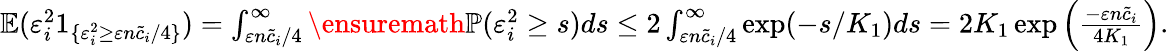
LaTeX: \begin{array}{r}{\mathbb{E}(\varepsilon_{i}^{2}1_{\{ \varepsilon_{i}^{2}\geq\varepsilon n\widetilde c_{i}/4\} })=\int_{\varepsilon n\widetilde c_{i}/4}^{\infty}\ensuremath{{\mathbb{P}}}(\varepsilon_{i}^{2}\geq s)ds\leq 2\int_{\varepsilon n\widetilde c_{i}/4}^{\infty}\exp(-s/K_{1})ds=2K_{1}\exp\Big(\frac{-\varepsilon n\widetilde c_{i}}{4K_{1}}\Big).}\end{array}